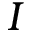
I